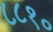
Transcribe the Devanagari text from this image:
८८१०